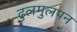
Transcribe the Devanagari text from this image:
ढुलमुलपन